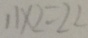
1 1 \times 2 = 2 2